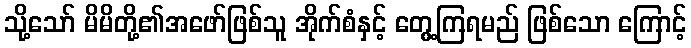
သို့သော် မိမိတို့၏အဖော်ဖြစ်သူ အိုက်စံနှင့် တွေ့ကြရမည် ဖြစ်သော ကြောင့်